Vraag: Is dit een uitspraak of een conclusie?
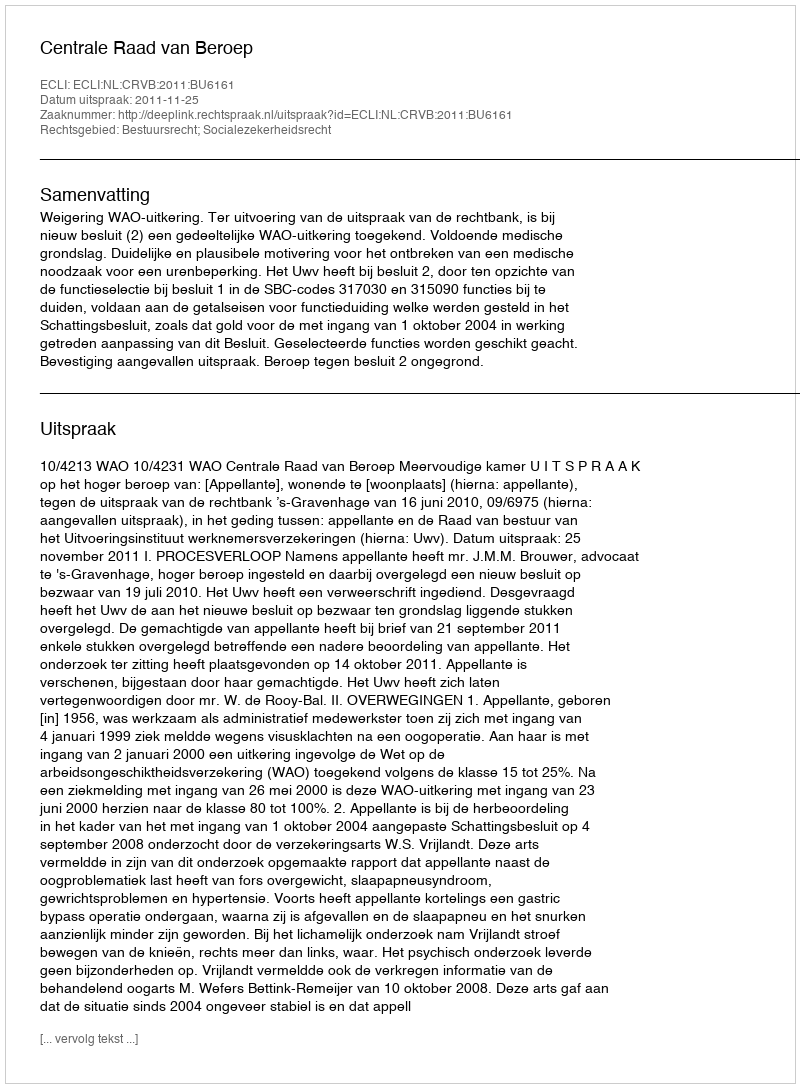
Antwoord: Uitspraak